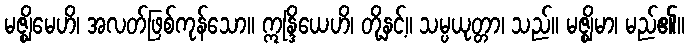
မဇ္ဈိမေဟိ၊ အလတ်ဖြစ်ကုန်သော။ ဣန္ဒြိယေဟိ၊ တို့နှင့်။ သမ္ပယုတ္တာ၊ သည်။ မဇ္ဈိမာ၊ မည်၏။